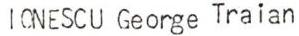
IONESCU George Traian